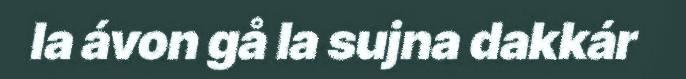
la ávon gå la sujna dakkár